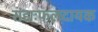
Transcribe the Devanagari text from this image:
सद्यःफलदायक